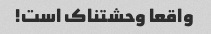
واقعا وحشتناک است!